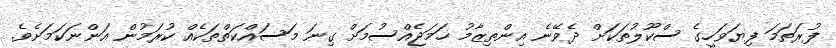
ފުރަތަމަ ފިޔަވަހީގެ ސްކޫލުތަކަށް ދެވޭނެ އިންތިޒާމު ހަމަޖެއްސުމަށް ގިނަ މަސައްކަތްތަކެއް ކުރަމުން އަންނަކަމަށެވެ.